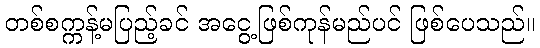
တစ်စက္ကန့်မပြည့်ခင် အငွေ့ဖြစ်ကုန်မည်ပင် ဖြစ်ပေသည်။